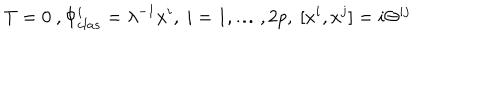
T = 0 \ , \Phi _ { c l a s } ^ { i } = \lambda ^ { - 1 } x ^ { i } , \ i = 1 , \dots , 2 p , \ [ x ^ { i } , x ^ { j } ] = i \Theta ^ { i j }